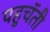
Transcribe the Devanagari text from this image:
पहुचॅती